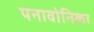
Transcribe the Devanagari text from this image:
पनावोनिका